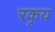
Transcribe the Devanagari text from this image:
रकृय